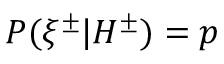
P ( \xi ^ { \pm } | H ^ { \pm } ) = p